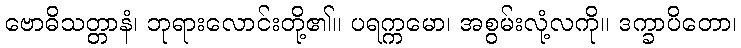
ဗောဓိသတ္တာနံ၊ ဘုရားလောင်းတို့၏။ ပရက္ကမော၊ အစွမ်းလုံ့လကို။ ဒက္ခာပိတော၊